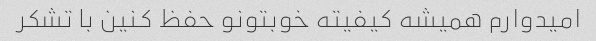
امیدوارم همیشه کیفیته خوبتونو حفظ کنین با تشکر